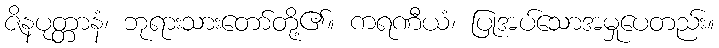
ဇိနပုတ္တာနံ၊ ဘုရားသားတော်တို့၏။ ကရဏီယံ၊ ပြုအပ်သောအမှုပေတည်း။